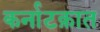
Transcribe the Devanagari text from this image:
कर्नाटक़ात